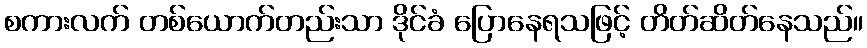
စကားလက် တစ်ယောက်တည်းသာ ဒိုင်ခံ ပြောနေရသဖြင့် တိတ်ဆိတ်နေသည်။